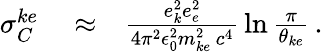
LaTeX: \begin{array}{rlr}{\sigma_{C}^{ke}}&{{}\approx}&{\frac{e_{k}^{2}e_{e}^{2}}{4\pi^{2}\epsilon_{0}^{2}m_{ke}^{2}\, c^{4}}\, \ln\frac{\pi}{\theta_{ke}}\, .}\end{array}